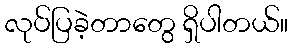
လုပ်ပြခဲ့တာတွေ ရှိပါတယ်။